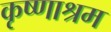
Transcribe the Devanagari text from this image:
कृष्णाश्रम